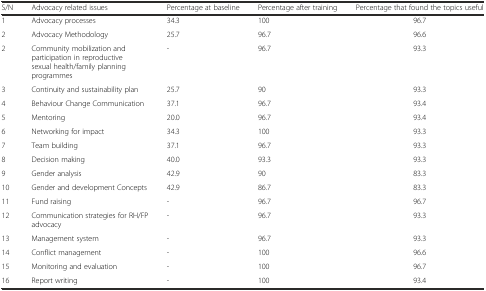
<table><thead><tr><td><b>S/N</b></td><td><b>Advocacy related issues</b></td><td><b>Percentage at baseline</b></td><td><b>Percentage after training</b></td><td><b>Percentage that found the topics useful</b></td></tr></thead><tbody><tr><td>1</td><td>Advocacy processes</td><td>34.3</td><td>100</td><td>96.7</td></tr><tr><td>2</td><td>Advocacy Methodology</td><td>25.7</td><td>96.7</td><td>96.6</td></tr><tr><td>2</td><td>Community mobilization and participation in reproductive sexual health/family planning programmes</td><td>-</td><td>96.7</td><td>93.3</td></tr><tr><td>3</td><td>Continuity and sustainability plan</td><td>25.7</td><td>90</td><td>93.3</td></tr><tr><td>4</td><td>Behaviour Change Communication</td><td>37.1</td><td>96.7</td><td>93.4</td></tr><tr><td>5</td><td>Mentoring</td><td>20.0</td><td>96.7</td><td>93.4</td></tr><tr><td>6</td><td>Networking for impact</td><td>34.3</td><td>100</td><td>93.3</td></tr><tr><td>7</td><td>Team building</td><td>37.1</td><td>96.7</td><td>93.3</td></tr><tr><td>8</td><td>Decision making</td><td>40.0</td><td>93.3</td><td>93.3</td></tr><tr><td>9</td><td>Gender analysis</td><td>42.9</td><td>90</td><td>83.3</td></tr><tr><td>10</td><td>Gender and development Concepts</td><td>42.9</td><td>86.7</td><td>83.3</td></tr><tr><td>11</td><td>Fund raising</td><td>-</td><td>96.7</td><td>96.7</td></tr><tr><td>12</td><td>Communication strategies for RH/FP advocacy</td><td>-</td><td>96.7</td><td>93.3</td></tr><tr><td>13</td><td>Management system</td><td>-</td><td>96.7</td><td>93.3</td></tr><tr><td>14</td><td>Conflict management</td><td>-</td><td>100</td><td>96.6</td></tr><tr><td>15</td><td>Monitoring and evaluation</td><td>-</td><td>100</td><td>96.7</td></tr><tr><td>16</td><td>Report writing</td><td>-</td><td>100</td><td>93.4</td></tr></tbody></table>